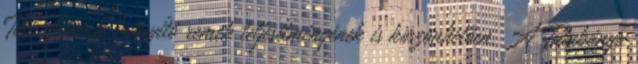
Tóth Levente irányító remek teljesítményének is köszönhetően. A Tatabánya